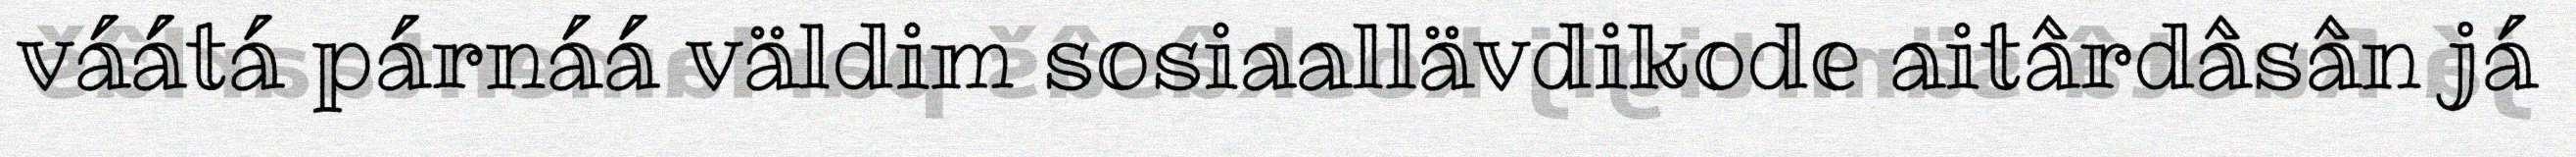
váátá párnáá väldim sosiaallävdikode aitârdâsân já